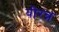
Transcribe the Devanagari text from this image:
वीरन्न